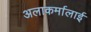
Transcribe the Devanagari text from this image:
अलाकर्मालाई